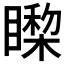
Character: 𰦃